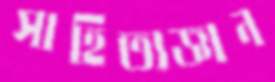
সাহিত্যজ্ঞান